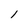
Character: l